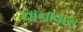
નાનાવાસ